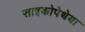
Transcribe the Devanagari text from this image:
साइकोपेथेया